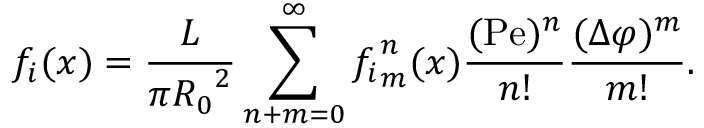
f _ { i } ( x ) = \frac { L } { \pi { R _ { 0 } } ^ { 2 } } \sum _ { n + m = 0 } ^ { \infty } { f _ { i } } _ { m } ^ { n } ( x ) \frac { ( \mathrm { P e } ) ^ { n } } { n ! } \frac { ( \Delta \varphi ) ^ { m } } { m ! } .